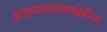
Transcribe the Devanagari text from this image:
अभ्यासल्याखेरीज